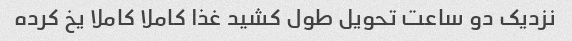
نزدیک دو ساعت تحویل طول کشید غذا کاملا کاملا یخ کرده